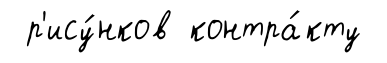
р'ису́нков контра́кту